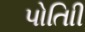
પોતાિી